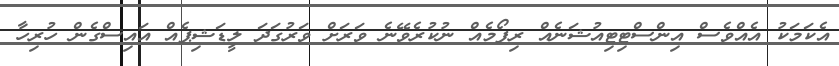
އެކަމަކު އެއްވެސް އިންސްޓިޓިއުޝަނެއް ރިފޯމެއް ނުކުރެވޭނެ ވަރަށް ވަރުގަދަ ލީޑަޝިޕެއް އައިސްގެން ހުރިހާ